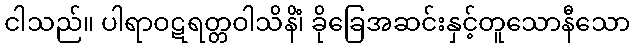
ငါသည်။ ပါရာဝဋရတ္တဝါသိနိံ၊ ခိုခြေအဆင်းနှင့်တူသောနီသော